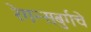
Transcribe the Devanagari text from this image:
रेगन्सबुर्गचे